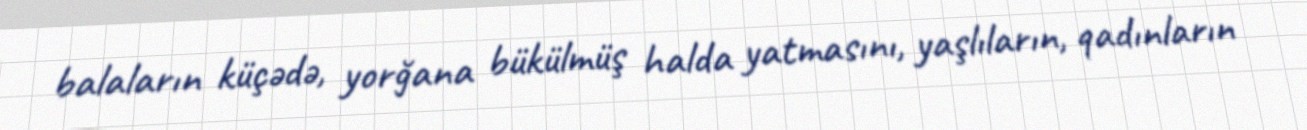
balaların küçədə, yorğana bükülmüş halda yatmasını, yaşlıların, qadınların